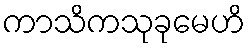
ကာသိကသုခုမေဟိ